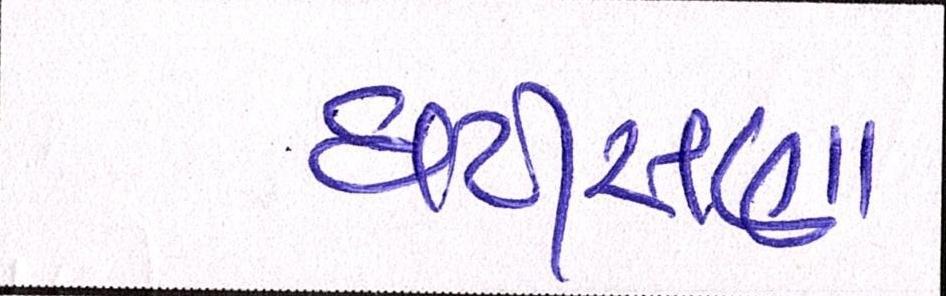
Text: ઘટીસણા